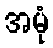
အမုံ